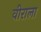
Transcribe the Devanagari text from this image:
वीराला